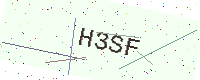
Text: H3SF